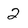
Character: 2